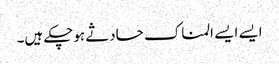
ایسے ایسے المناک حادثے ہوچکے ہیں۔